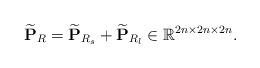
LaTeX: \begin{align*} \widetilde{\bf P}_R = \widetilde{\mathbf{P}}_{R_s} + \widetilde{\mathbf{P}}_{R_l} \in \mathbb{R}^{2n \times 2n \times 2n}.\end{align*}